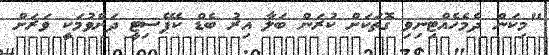
"މިކަން ދެމެހެއްޓިނިވި ގޮތަކަށް ކުރަން ބަލާ އިރު ބެޑް ކެޕޭސިޓީ ދަށްވުމަކީ ވަރަށް